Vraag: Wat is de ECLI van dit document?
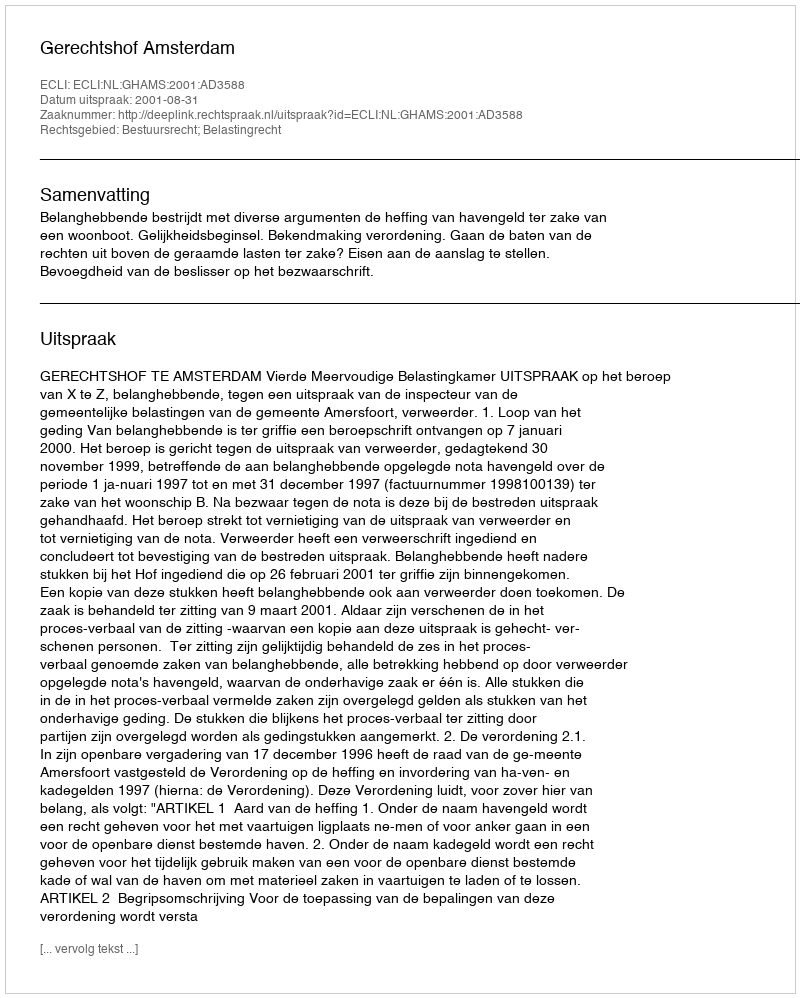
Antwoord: ECLI:NL:GHAMS:2001:AD3588